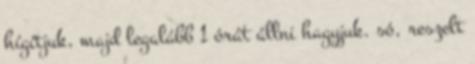
hígítjuk, majd legalább 1 órát állni hagyjuk. só, reszelt